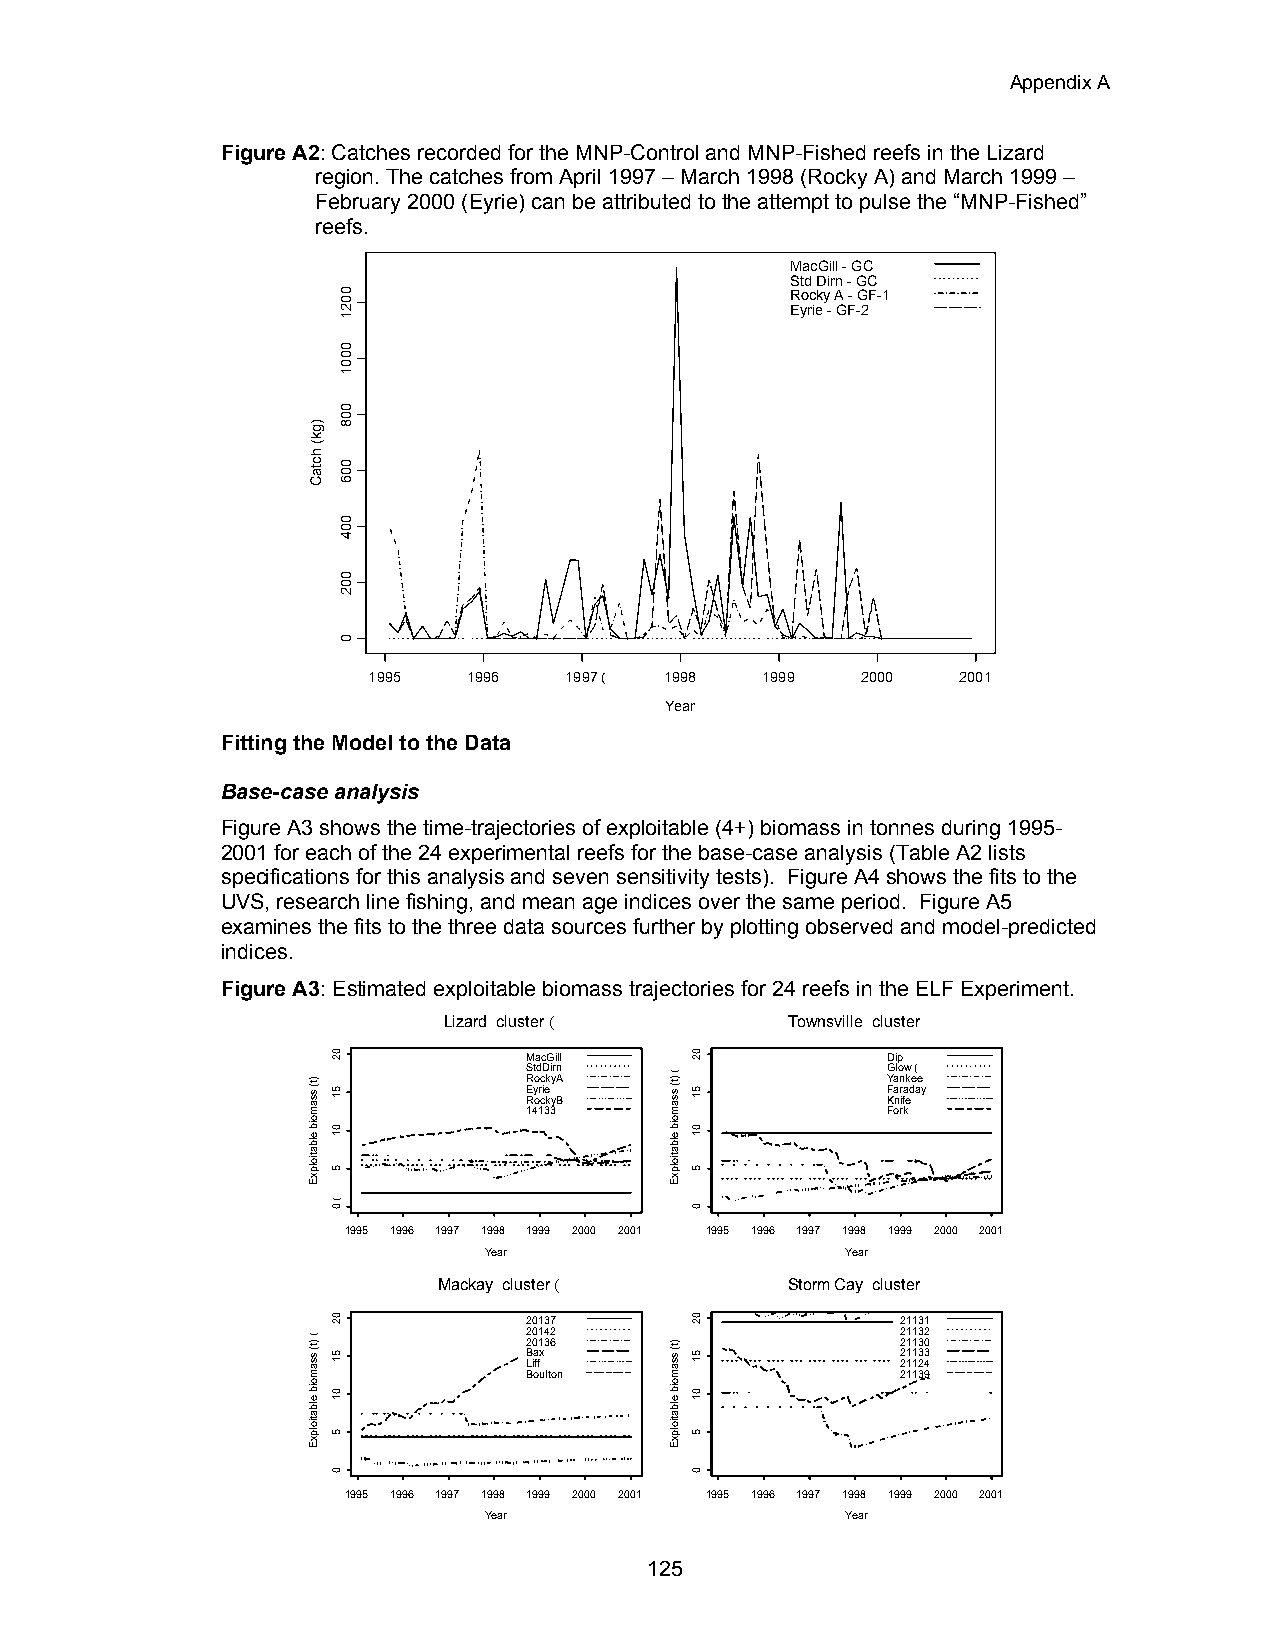
Appendix A
 Figure A2: Catches recorded for the MNP-Control and MNP-Fished reefs in the Lizard
 region. The catches from April 1997 – March 1998 (Rocky A) and March 1999 –
 February 2000 (Eyrie) can be attributed to the attempt to pulse the “MNP-Fished”
 reefs.
 MacGill - GC
 Std Dirn - GC
 Rocky A - GF-1
 Eyrie - GF-2
 1995   1996  1997 ( 1998  1999   2000   2001
 Year
 Fitting the Model to the Data
 Base-case analysis
 Figure A3 shows the time-trajectories of exploitable (4+) biomass in tonnes during 1995-
 2001 for each of the 24 experimental reefs for the base-case analysis (Table A2 lists
 specifications for this analysis and seven sensitivity tests). Figure A4 shows the fits to the
 UVS, research line fishing, and mean age indices over the same period. Figure A5
 examines the fits to the three data sources further by plotting observed and model-predicted
 indices.
 Figure A3: Estimated exploitable biomass trajectories for 24 reefs in the ELF Experiment.
 Lizard cluster (       Townsville cluster
 MacGill                 Dip
 StdDirn                 Glow (
 RockyA                  Yankee Eyrie Faraday
 RockyB                  Knife
 14133                   Fork
 1995 1996 1997 1998 1999 2000 2001 1995 1996 1997 1998 1999 2000 2001
 Year                    Year
 Mackay cluster (       Storm Cay cluster
 20137                    21131
 20142                    21132
 20136                    21130 Bax 21133
 Liff                     21124
 Boulton                  21139
 1995 1996 1997 1998 1999 2000 2001 1995 1996 1997 1998 1999 2000 2001
 Year                    Year
 125
 )gk(
 hctaC
 )t( ssamoib
 elbatiolpxE
 () t( ssamoib
 elbatiolpxE
 02
 51
 01
 5
 (0
 02
 51
 01
 5
 0
 0021
 0001
 008
 006
 004
 002
 0
 () t( ssamoib
 elbatiolpxE
 )t( ssamoib
 elbatiolpxE
 0 2
 51
 01
 5
 0
 02
 51
 01
 5
 0